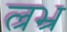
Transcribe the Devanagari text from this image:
ल्रभ्र